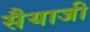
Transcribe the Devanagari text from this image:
सैयाजी